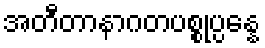
အတီတာနာဂတပစ္စုပ္ပန္နေ